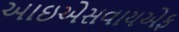
આઇએસવાયએફ